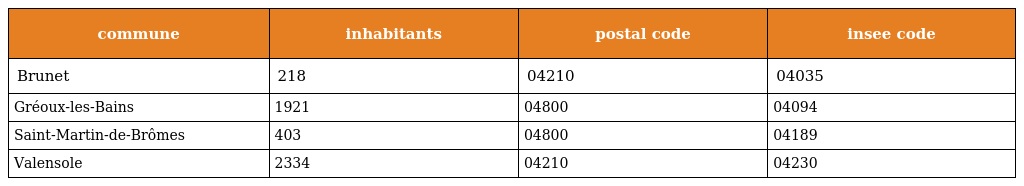
| commune | inhabitants | postal code | insee code |
 | --- | --- | --- | --- |
 | Brunet | 218 | 04210 | 04035 |
 | Gréoux-les-Bains | 1921 | 04800 | 04094 |
 | Saint-Martin-de-Brômes | 403 | 04800 | 04189 |
 | Valensole | 2334 | 04210 | 04230 |